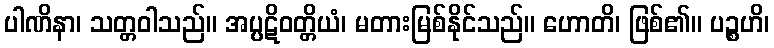
ပါဏိနာ၊ သတ္တဝါသည်။ အပ္ပဋိဝတ္တိယံ၊ မတားမြစ်နိုင်သည်။ ဟောတိ၊ ဖြစ်၏။ ပဉ္စဟိ၊